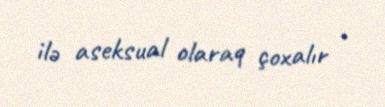
ilə aseksual olaraq çoxalır .